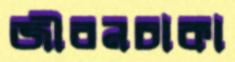
জীবনচাকা